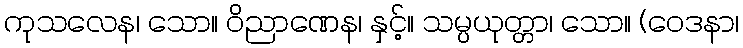
ကုသလေန၊ သော။ ဝိညာဏေန၊ နှင့်။ သမ္ပယုတ္တာ၊ သော။ (ဝေဒနာ၊